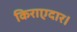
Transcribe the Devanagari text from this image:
किराएदार।